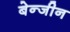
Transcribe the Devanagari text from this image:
बेन्जीन